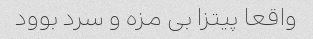
واقعا پیتزا بی مزه و سرد بوود